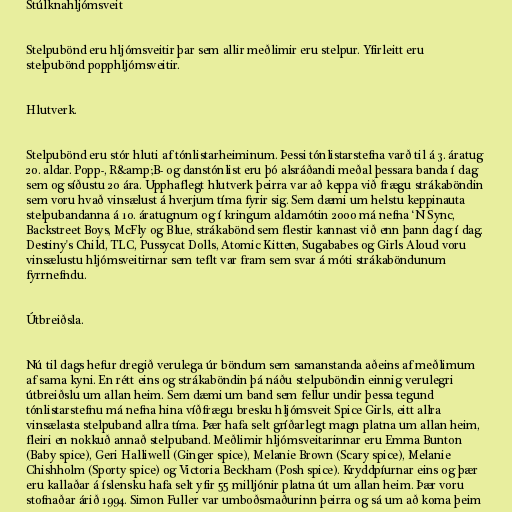
Stúlknahljómsveit

Stelpubönd eru hljómsveitir þar sem allir meðlimir eru stelpur. Yfirleitt eru
stelpubönd popphljómsveitir.

Hlutverk.

Stelpubönd eru stór hluti af tónlistarheiminum. Þessi tónlistarstefna varð til á 3. áratug
20. aldar. Popp-, R&amp;B- og danstónlist eru þó alsráðandi meðal þessara banda í dag
sem og síðustu 20 ára. Upphaflegt hlutverk þeirra var að keppa við frægu strákaböndin
sem voru hvað vinsælust á hverjum tíma fyrir sig. Sem dæmi um helstu keppinauta
stelpubandanna á 10. áratugnum og í kringum aldamótin 2000 má nefna ‘N Sync,
Backstreet Boys, McFly og Blue, strákabönd sem flestir kannast við enn þann dag í dag.
Destiny's Child, TLC, Pussycat Dolls, Atomic Kitten, Sugababes og Girls Aloud voru
vinsælustu hljómsveitirnar sem teflt var fram sem svar á móti strákaböndunum
fyrrnefndu.

Útbreiðsla.

Nú til dags hefur dregið verulega úr böndum sem samanstanda aðeins af meðlimum
af sama kyni. En rétt eins og strákaböndin þá náðu stelpuböndin einnig verulegri
útbreiðslu um allan heim. Sem dæmi um band sem fellur undir þessa tegund
tónlistarstefnu má nefna hina víðfrægu bresku hljómsveit Spice Girls, eitt allra
vinsælasta stelpuband allra tíma. Þær hafa selt gríðarlegt magn platna um allan heim,
fleiri en nokkuð annað stelpuband. Meðlimir hljómsveitarinnar eru Emma Bunton
(Baby spice), Geri Halliwell (Ginger spice), Melanie Brown (Scary spice), Melanie
Chishholm (Sporty spice) og Victoria Beckham (Posh spice). Kryddpíurnar eins og þær
eru kallaðar á íslensku hafa selt yfir 55 milljónir platna út um allan heim. Þær voru
stofnaðar árið 1994. Simon Fuller var umboðsmaðurinn þeirra og sá um að koma þeim